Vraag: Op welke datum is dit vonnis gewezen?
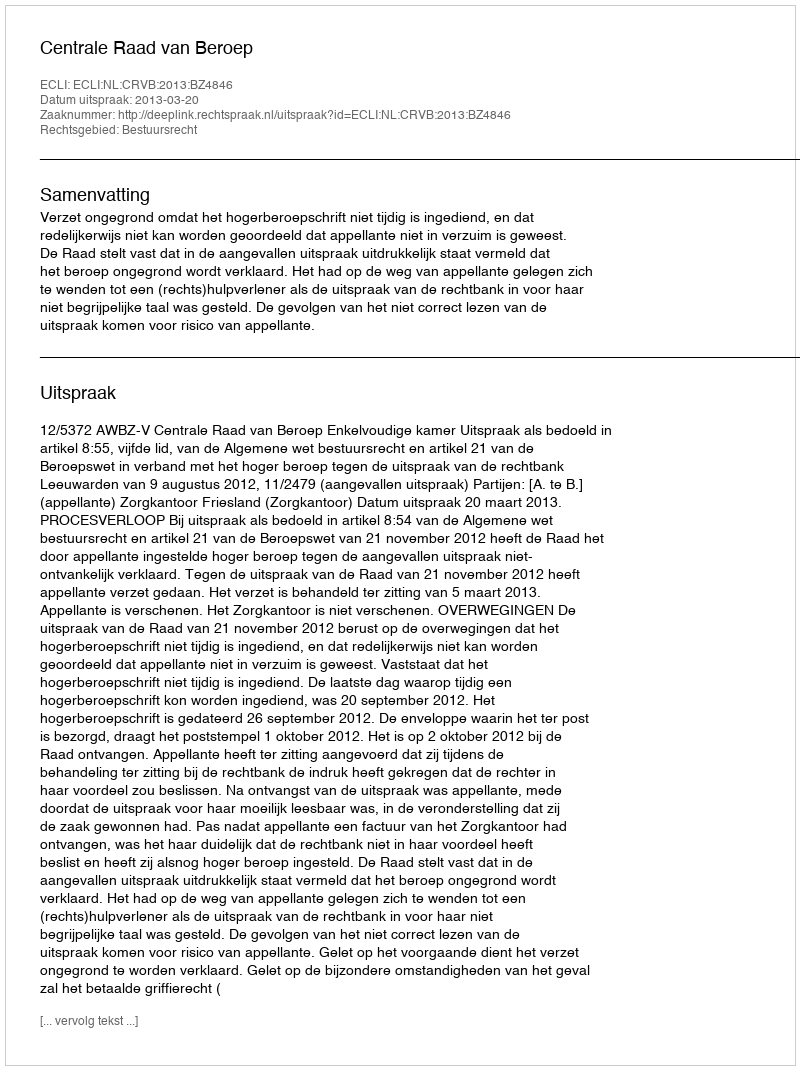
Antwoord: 2013-03-20